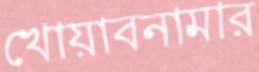
খোয়াবনামার